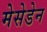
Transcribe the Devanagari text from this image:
मेसेडेन